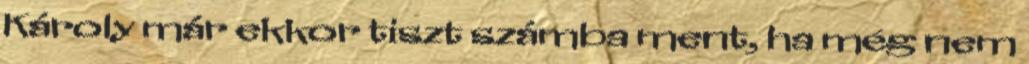
Károly már ekkor tiszt számba ment, ha még nem